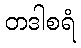
တဒါစရံ